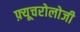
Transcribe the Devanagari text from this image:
फ़्यूचरोलोजी